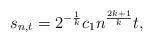
LaTeX: \begin{align*}s_{n,t}=2^{-\frac{1}{k}} c_1 n^\frac{2k+1}{k} t,\end{align*}